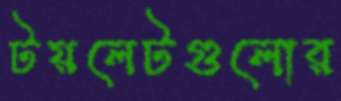
টয়লেটগুলোর